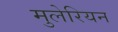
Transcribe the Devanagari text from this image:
मुलेरियन